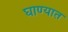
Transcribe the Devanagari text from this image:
घाण्यात